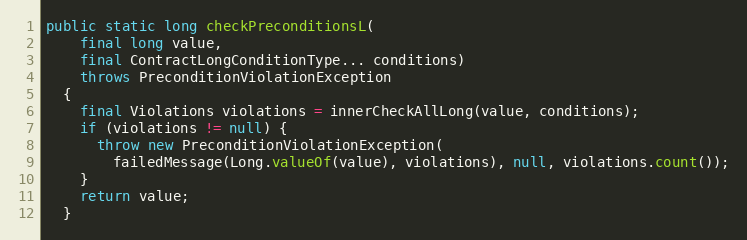
Language: Java
public static long checkPreconditionsL(
    final long value,
    final ContractLongConditionType... conditions)
    throws PreconditionViolationException
  {
    final Violations violations = innerCheckAllLong(value, conditions);
    if (violations != null) {
      throw new PreconditionViolationException(
        failedMessage(Long.valueOf(value), violations), null, violations.count());
    }
    return value;
  }